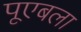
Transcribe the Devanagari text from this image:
पूएबला